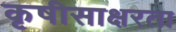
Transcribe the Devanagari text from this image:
कृषीसाक्षरता